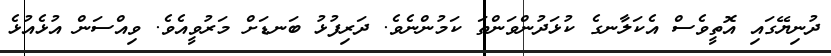
ދުނިޔޭގައި އޮތީވެސް އެކަލާނގެ ކުޅަދުންވަންތަ ކަމުންނެވެ. ދަރިފުޅު ބަނޑަށް މަރުވީއެވެ. ވިއްސަން އުޅެއުޅެ